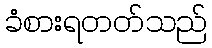
ခံစားရတတ်သည်